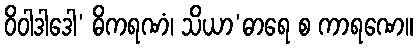
ဝိဝါဒါဒေါ’ ဓိကရဏံ၊ သိယာ’ဓာရေ စ ကာရဏေ။